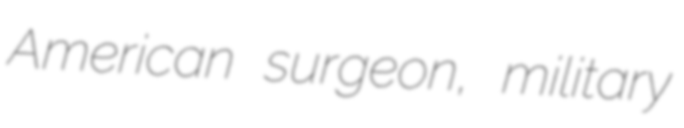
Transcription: American surgeon, military